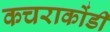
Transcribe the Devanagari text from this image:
कचराकोंडी